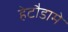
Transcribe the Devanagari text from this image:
हेटौडामे